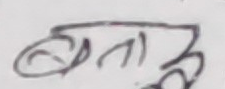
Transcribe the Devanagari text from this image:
बताउ